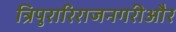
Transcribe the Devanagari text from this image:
त्रिपुरारिराजनगरीऔर